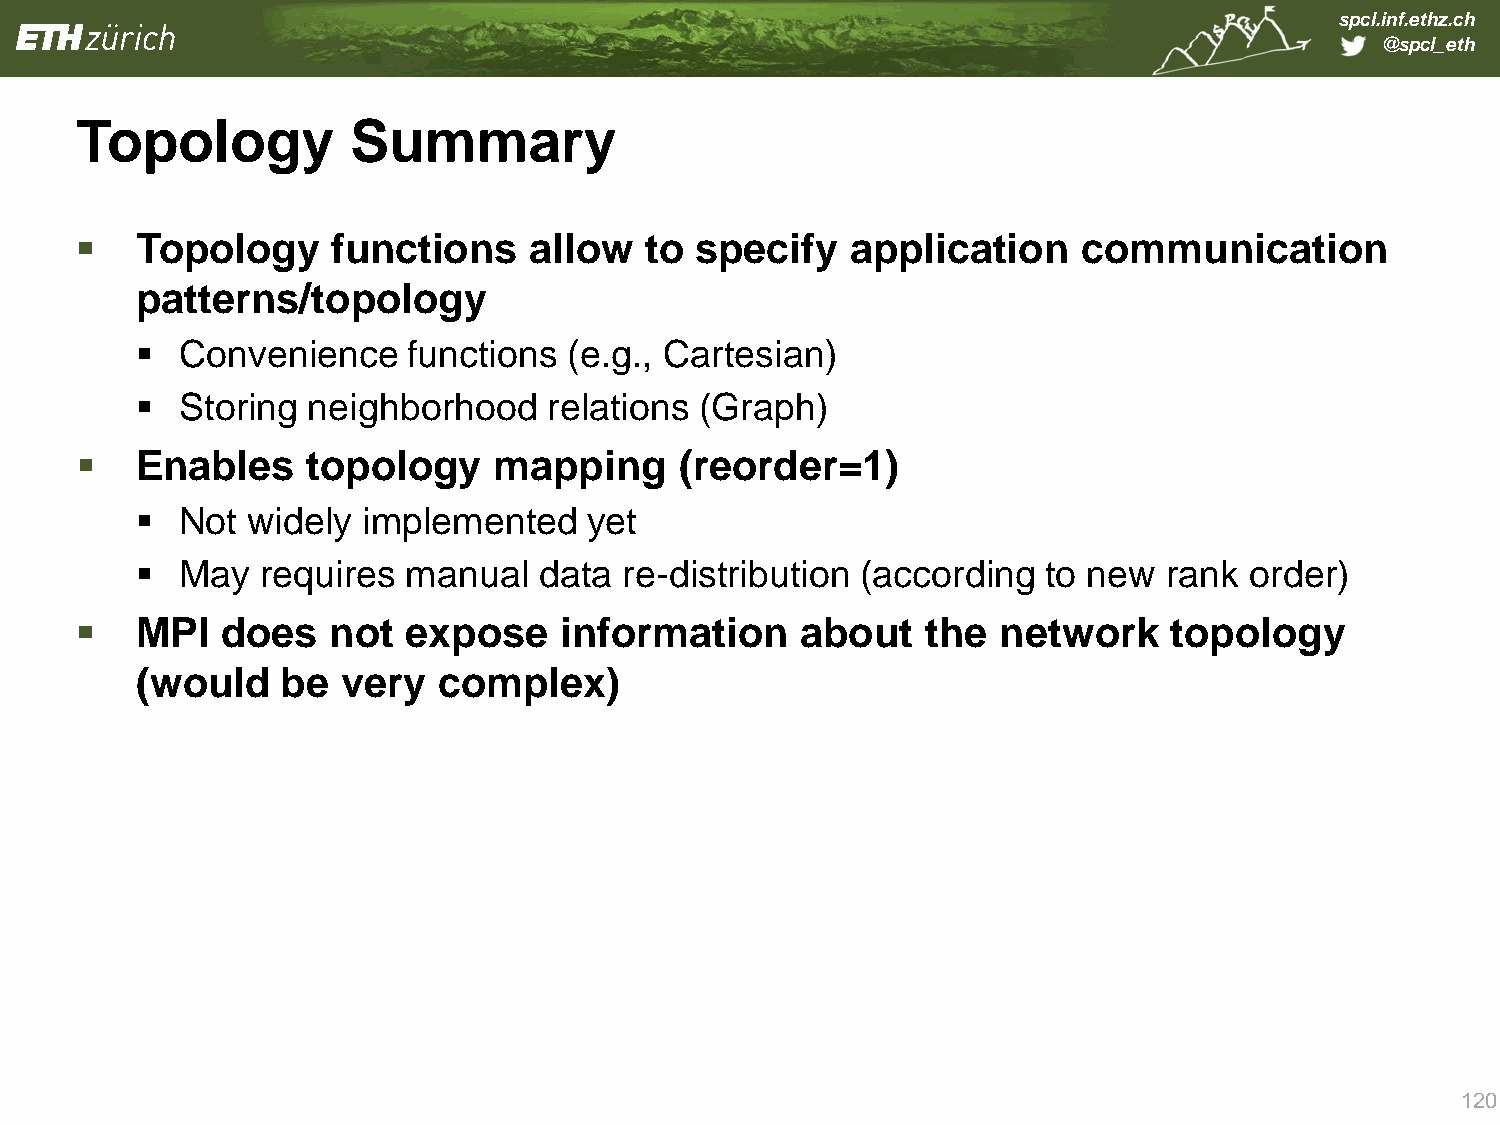
spcl.inf.ethz.ch
 @spcl_eth
 Topology          Summary
    Topology     functions    allow   to specify   application     communication
 patterns/topology
   Convenience    functions  (e.g., Cartesian)
   Storing neighborhood    relations (Graph)
    Enables    topology     mapping     (reorder=1)
   Not widely  implemented    yet
   May  requires  manual   data re-distribution (according  to new  rank  order)
    MPI   does   not  expose    information     about   the  network    topology
 (would    be  very  complex)
 120